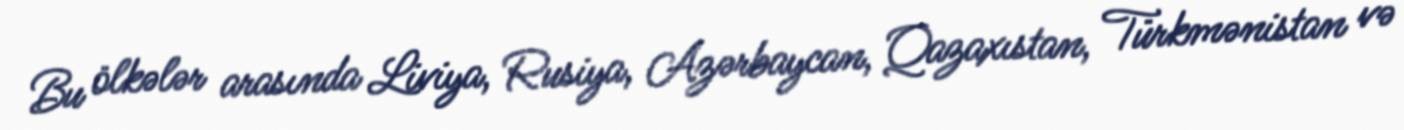
Bu ölkələr arasında Liviya, Rusiya, Azərbaycan, Qazaxıstan, Türkmənistan və